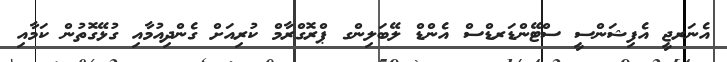
އެނަރޖީ އެފިޝަންސީ ސްޓޭންޑަރޑްސް އެންޑް ލޭބަލިންގ ޕްރޮގްރާމް ކުރިއަށް ގެންދިއުމާއި ގުޅޭގޮތުން ކަމާއި